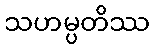
သဟမ္ပတိဿ